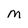
Character: M